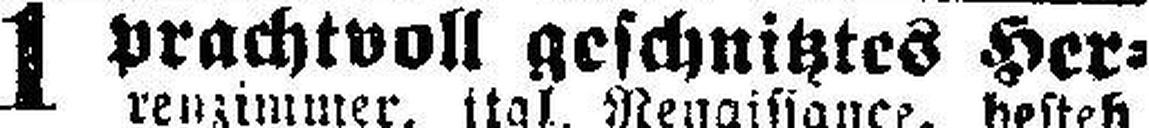
1 prachtvoll geschnitztes Her¬